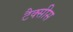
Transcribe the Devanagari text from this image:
टैक्सीस